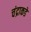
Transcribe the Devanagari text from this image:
चंद्राकडे